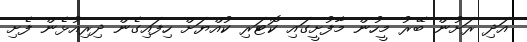
އަދި ރަށުން ބޭރު މީހުން މާފުށީގައި ކޮޓަރި ކުއްޔަށް ހިފައިގެން ދިރިއުޅެން ފެށި